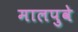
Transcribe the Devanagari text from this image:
मालपुवे